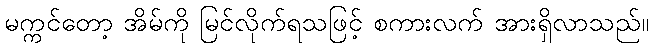
မက္ကင်တော့ အိမ်ကို မြင်လိုက်ရသဖြင့် စကားလက် အားရှိလာသည်။